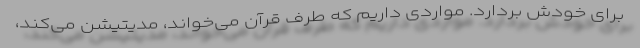
برای خودش بردارد. مواردی داریم که طرف قرآن می‌خواند، مدیتیشن می‌کند،